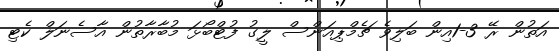
އަތުން ރޭ 3-1އިން ބަލިވެ ޗެމްޕިއަންސް ލީގު ފުޓްބޯޅަ މުބާރާތުން އާސެނަލް ކެޓި